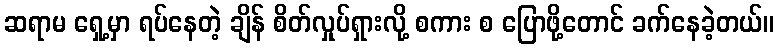
ဆရာမ ရှေ့မှာ ရပ်နေတဲ့ ချိန် စိတ်လှုပ်ရှားလို့ စကား စ ပြောဖို့တောင် ခက်နေခဲ့တယ်။